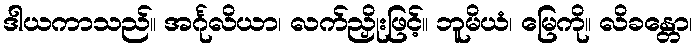
ဒါယကာသည်။ အင်္ဂုလိယာ၊ လက်ညှိုးဖြင့်။ ဘူမိယံ၊ မြေကို။ လိခန္တော၊